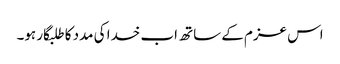
اس عزم کے ساتھ اب خدا کی مدد کا طلبگار ہو۔